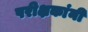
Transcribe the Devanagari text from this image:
परीक्षकांनी